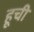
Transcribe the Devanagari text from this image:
हूची